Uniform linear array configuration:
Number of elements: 8
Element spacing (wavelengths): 0.5
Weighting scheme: hann
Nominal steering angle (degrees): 45
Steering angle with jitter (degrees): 46.792
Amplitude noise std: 0.05
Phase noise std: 0.05

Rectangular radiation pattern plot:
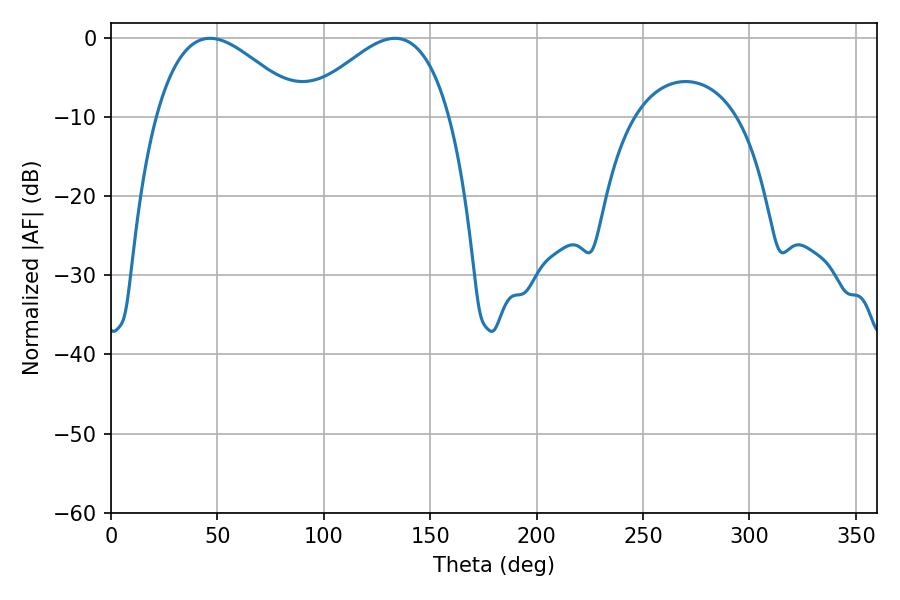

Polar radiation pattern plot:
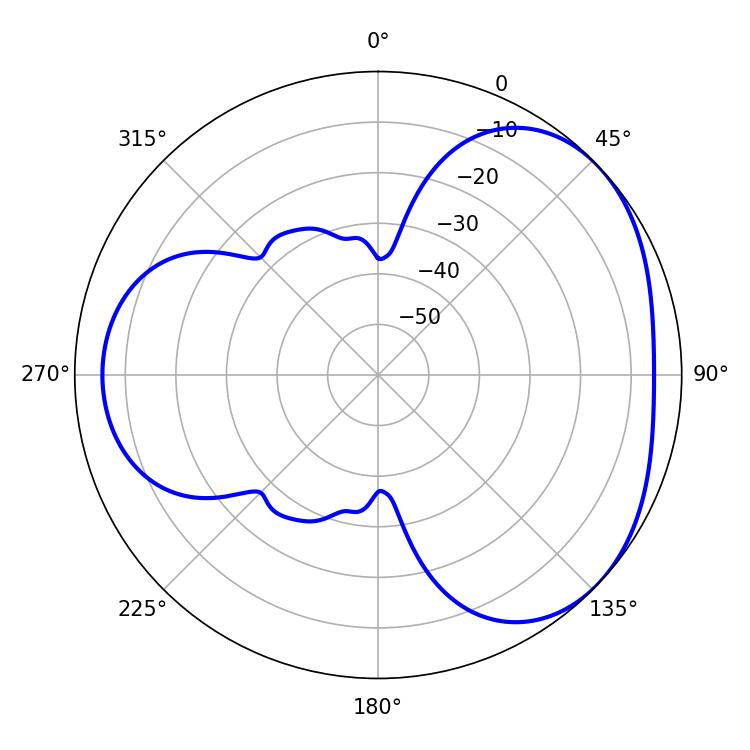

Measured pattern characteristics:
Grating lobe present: FALSE
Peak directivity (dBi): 3.514
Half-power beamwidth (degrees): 37.44
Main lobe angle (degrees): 46.62